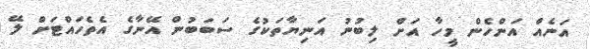
އަނެއް އަންހެން މީހާ އަށް ލިބުނު އަނިޔާތަކުގެ ސަބަބުން އޭނާގެ އެތެހައްޓަށް ލޭ